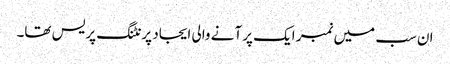
ان سب میں نمبر ایک پر آنے والی ایجاد پرنٹنگ پریس تھا۔